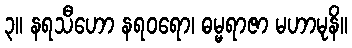
၃။ နရသီဟော နရဝရော၊ ဓမ္မရာဇာ မဟာမုနိ။